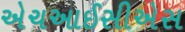
એચઆઈસીએસ